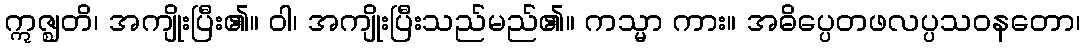
ဣဇ္ဈတိ၊ အကျိုးပြီး၏။ ဝါ၊ အကျိုးပြီးသည်မည်၏။ ကသ္မာ ကား။ အဓိပ္ပေတဖလပ္ပသဝနတော၊